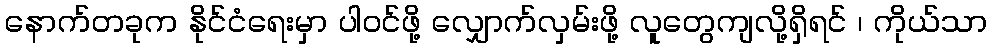
နောက်တခုက နိုင်ငံရေးမှာ ပါဝင်ဖို့ လျှောက်လှမ်းဖို့ လူတွေကျလို့ရှိရင် ၊ ကိုယ်သာ